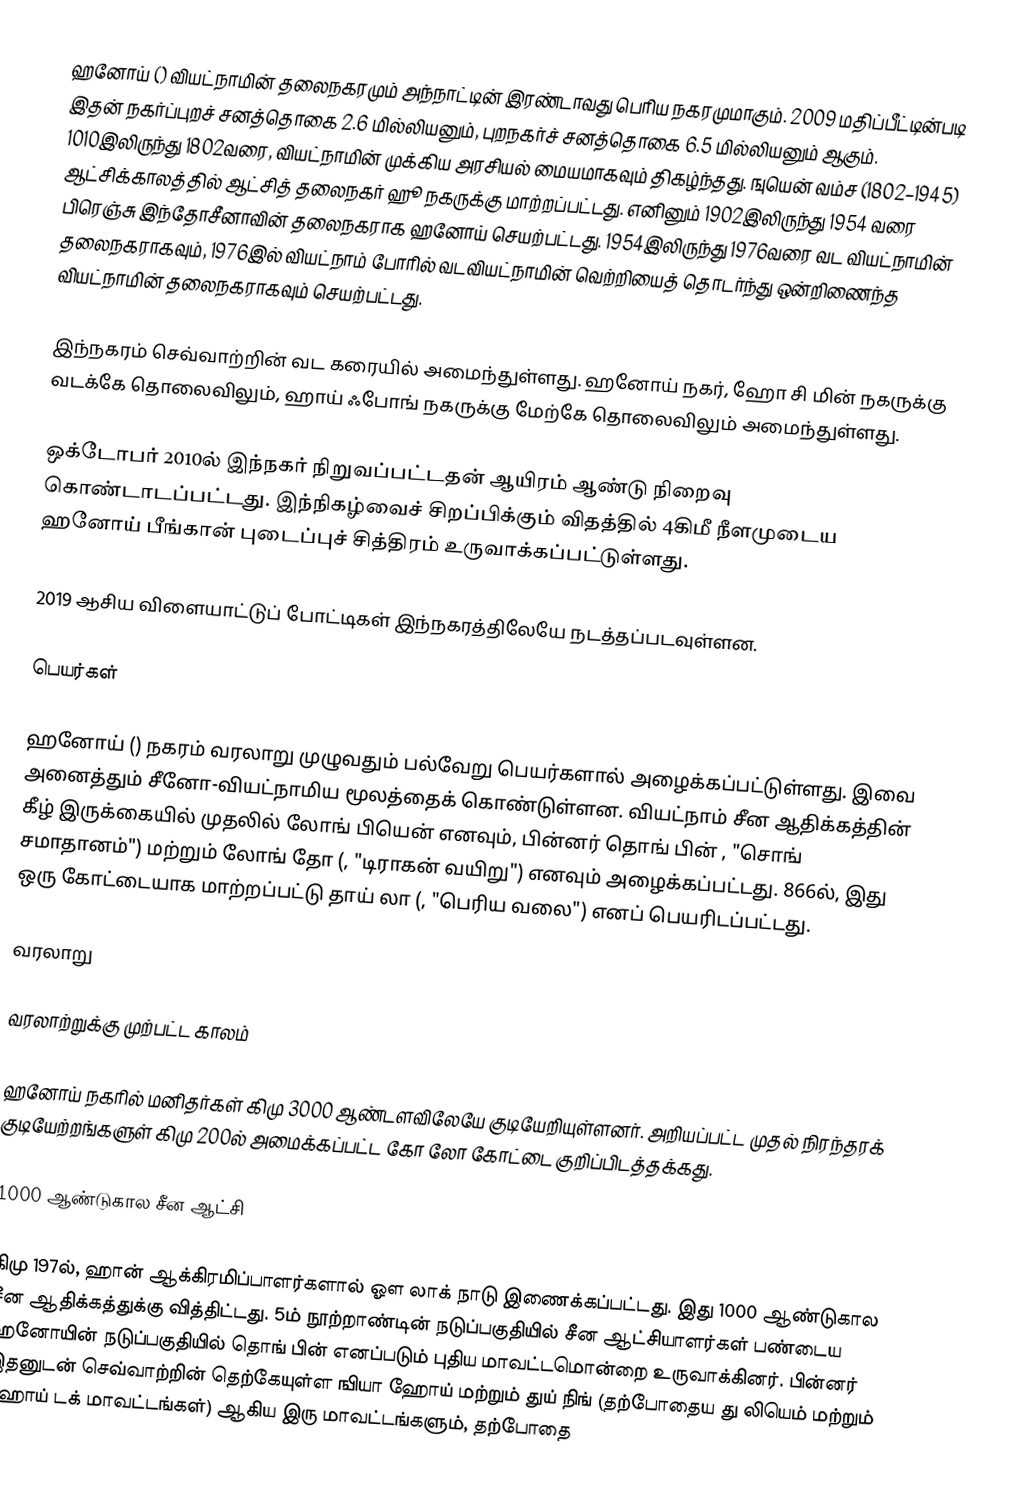
ஹனோய் () வியட்நாமின் தலைநகரமும் அந்நாட்டின் இரண்டாவது பெரிய நகரமுமாகும். 2009 மதிப்பீட்டின்படி இதன் நகர்ப்புறச் சனத்தொகை 2.6 மில்லியனும், புறநகர்ச் சனத்தொகை 6.5 மில்லியனும் ஆகும். 1010இலிருந்து 1802வரை, வியட்நாமின் முக்கிய அரசியல் மையமாகவும் திகழ்ந்தது. ஙுயென் வம்ச (1802–1945) ஆட்சிக்காலத்தில் ஆட்சித் தலைநகர் ஹூ நகருக்கு மாற்றப்பட்டது. எனினும் 1902இலிருந்து 1954 வரை பிரெஞ்சு இந்தோசீனாவின் தலைநகராக ஹனோய் செயற்பட்டது. 1954இலிருந்து 1976வரை வட வியட்நாமின் தலைநகராகவும், 1976இல் வியட்நாம் போரில் வடவியட்நாமின் வெற்றியைத் தொடர்ந்து ஒன்றிணைந்த வியட்நாமின் தலைநகராகவும் செயற்பட்டது.

இந்நகரம் செவ்வாற்றின் வட கரையில் அமைந்துள்ளது. ஹனோய் நகர், ஹோ சி மின் நகருக்கு வடக்கே  தொலைவிலும், ஹாய் ஃபோங் நகருக்கு மேற்கே  தொலைவிலும் அமைந்துள்ளது.

ஒக்டோபர் 2010ல் இந்நகர் நிறுவப்பட்டதன் ஆயிரம் ஆண்டு நிறைவு கொண்டாடப்பட்டது. இந்நிகழ்வைச் சிறப்பிக்கும் விதத்தில் 4கிமீ நீளமுடைய ஹனோய் பீங்கான் புடைப்புச் சித்திரம் உருவாக்கப்பட்டுள்ளது.

2019 ஆசிய விளையாட்டுப் போட்டிகள் இந்நகரத்திலேயே நடத்தப்படவுள்ளன.

பெயர்கள்

ஹனோய் () நகரம் வரலாறு முழுவதும் பல்வேறு பெயர்களால் அழைக்கப்பட்டுள்ளது. இவை அனைத்தும் சீனோ-வியட்நாமிய மூலத்தைக் கொண்டுள்ளன. வியட்நாம் சீன ஆதிக்கத்தின் கீழ் இருக்கையில் முதலில் லோங் பியென் எனவும், பின்னர் தொங் பின் , "சொங் சமாதானம்") மற்றும் லோங் தோ (, "டிராகன் வயிறு") எனவும் அழைக்கப்பட்டது. 866ல், இது ஒரு கோட்டையாக மாற்றப்பட்டு தாய் லா (, "பெரிய வலை") எனப் பெயரிடப்பட்டது.

வரலாறு

வரலாற்றுக்கு முற்பட்ட காலம்

ஹனோய் நகரில் மனிதர்கள் கிமு 3000 ஆண்டளவிலேயே குடியேறியுள்ளனர். அறியப்பட்ட முதல் நிரந்தரக் குடியேற்றங்களுள் கிமு 200ல் அமைக்கப்பட்ட கோ லோ கோட்டை குறிப்பிடத்தக்கது.

1000 ஆண்டுகால சீன ஆட்சி

கிமு 197ல், ஹான் ஆக்கிரமிப்பாளர்களால் ஔ லாக் நாடு இணைக்கப்பட்டது. இது 1000 ஆண்டுகால சீன ஆதிக்கத்துக்கு வித்திட்டது. 5ம் நூற்றாண்டின் நடுப்பகுதியில் சீன ஆட்சியாளர்கள் பண்டைய ஹனோயின் நடுப்பகுதியில் தொங் பின் எனப்படும் புதிய மாவட்டமொன்றை உருவாக்கினர். பின்னர் இதனுடன் செவ்வாற்றின் தெற்கேயுள்ள ஙியா ஹோய் மற்றும் துய் நிங் (தற்போதைய து லியெம் மற்றும் ஹோய் டக் மாவட்டங்கள்) ஆகிய இரு மாவட்டங்களும், தற்போதை